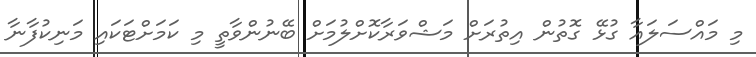
މި މައްސަލައާ ގުޅޭ ގޮތުން އިތުރަށް މަޝްވަރާކޮށްލުމަށް ބޭނުންވާތީ މި ކަމަށްޓަކައި މަނިކުފާނާ